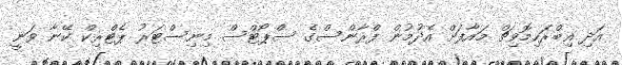
އަދި އިބްރަހިމޮވިޗް މައާފަށް އެދުުމުން ފްރާންސްގެ ސްޕޯޓްސް މިނިސްޓަރު ޕެޓްރިކް ކޭނާ ވަނީ